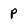
Character: p